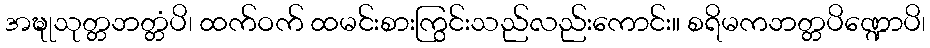
အဍ္ဎုသုတ္တဘတ္တံပိ၊ ထက်ဝက် ထမင်းစားကြွင်းသည်လည်းကောင်း။ စရိမကဘတ္တပိဏ္ဍောပိ၊